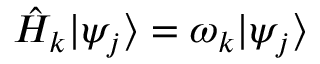
\hat { H } _ { k } | \psi _ { j } \rangle = \omega _ { k } | \psi _ { j } \rangle